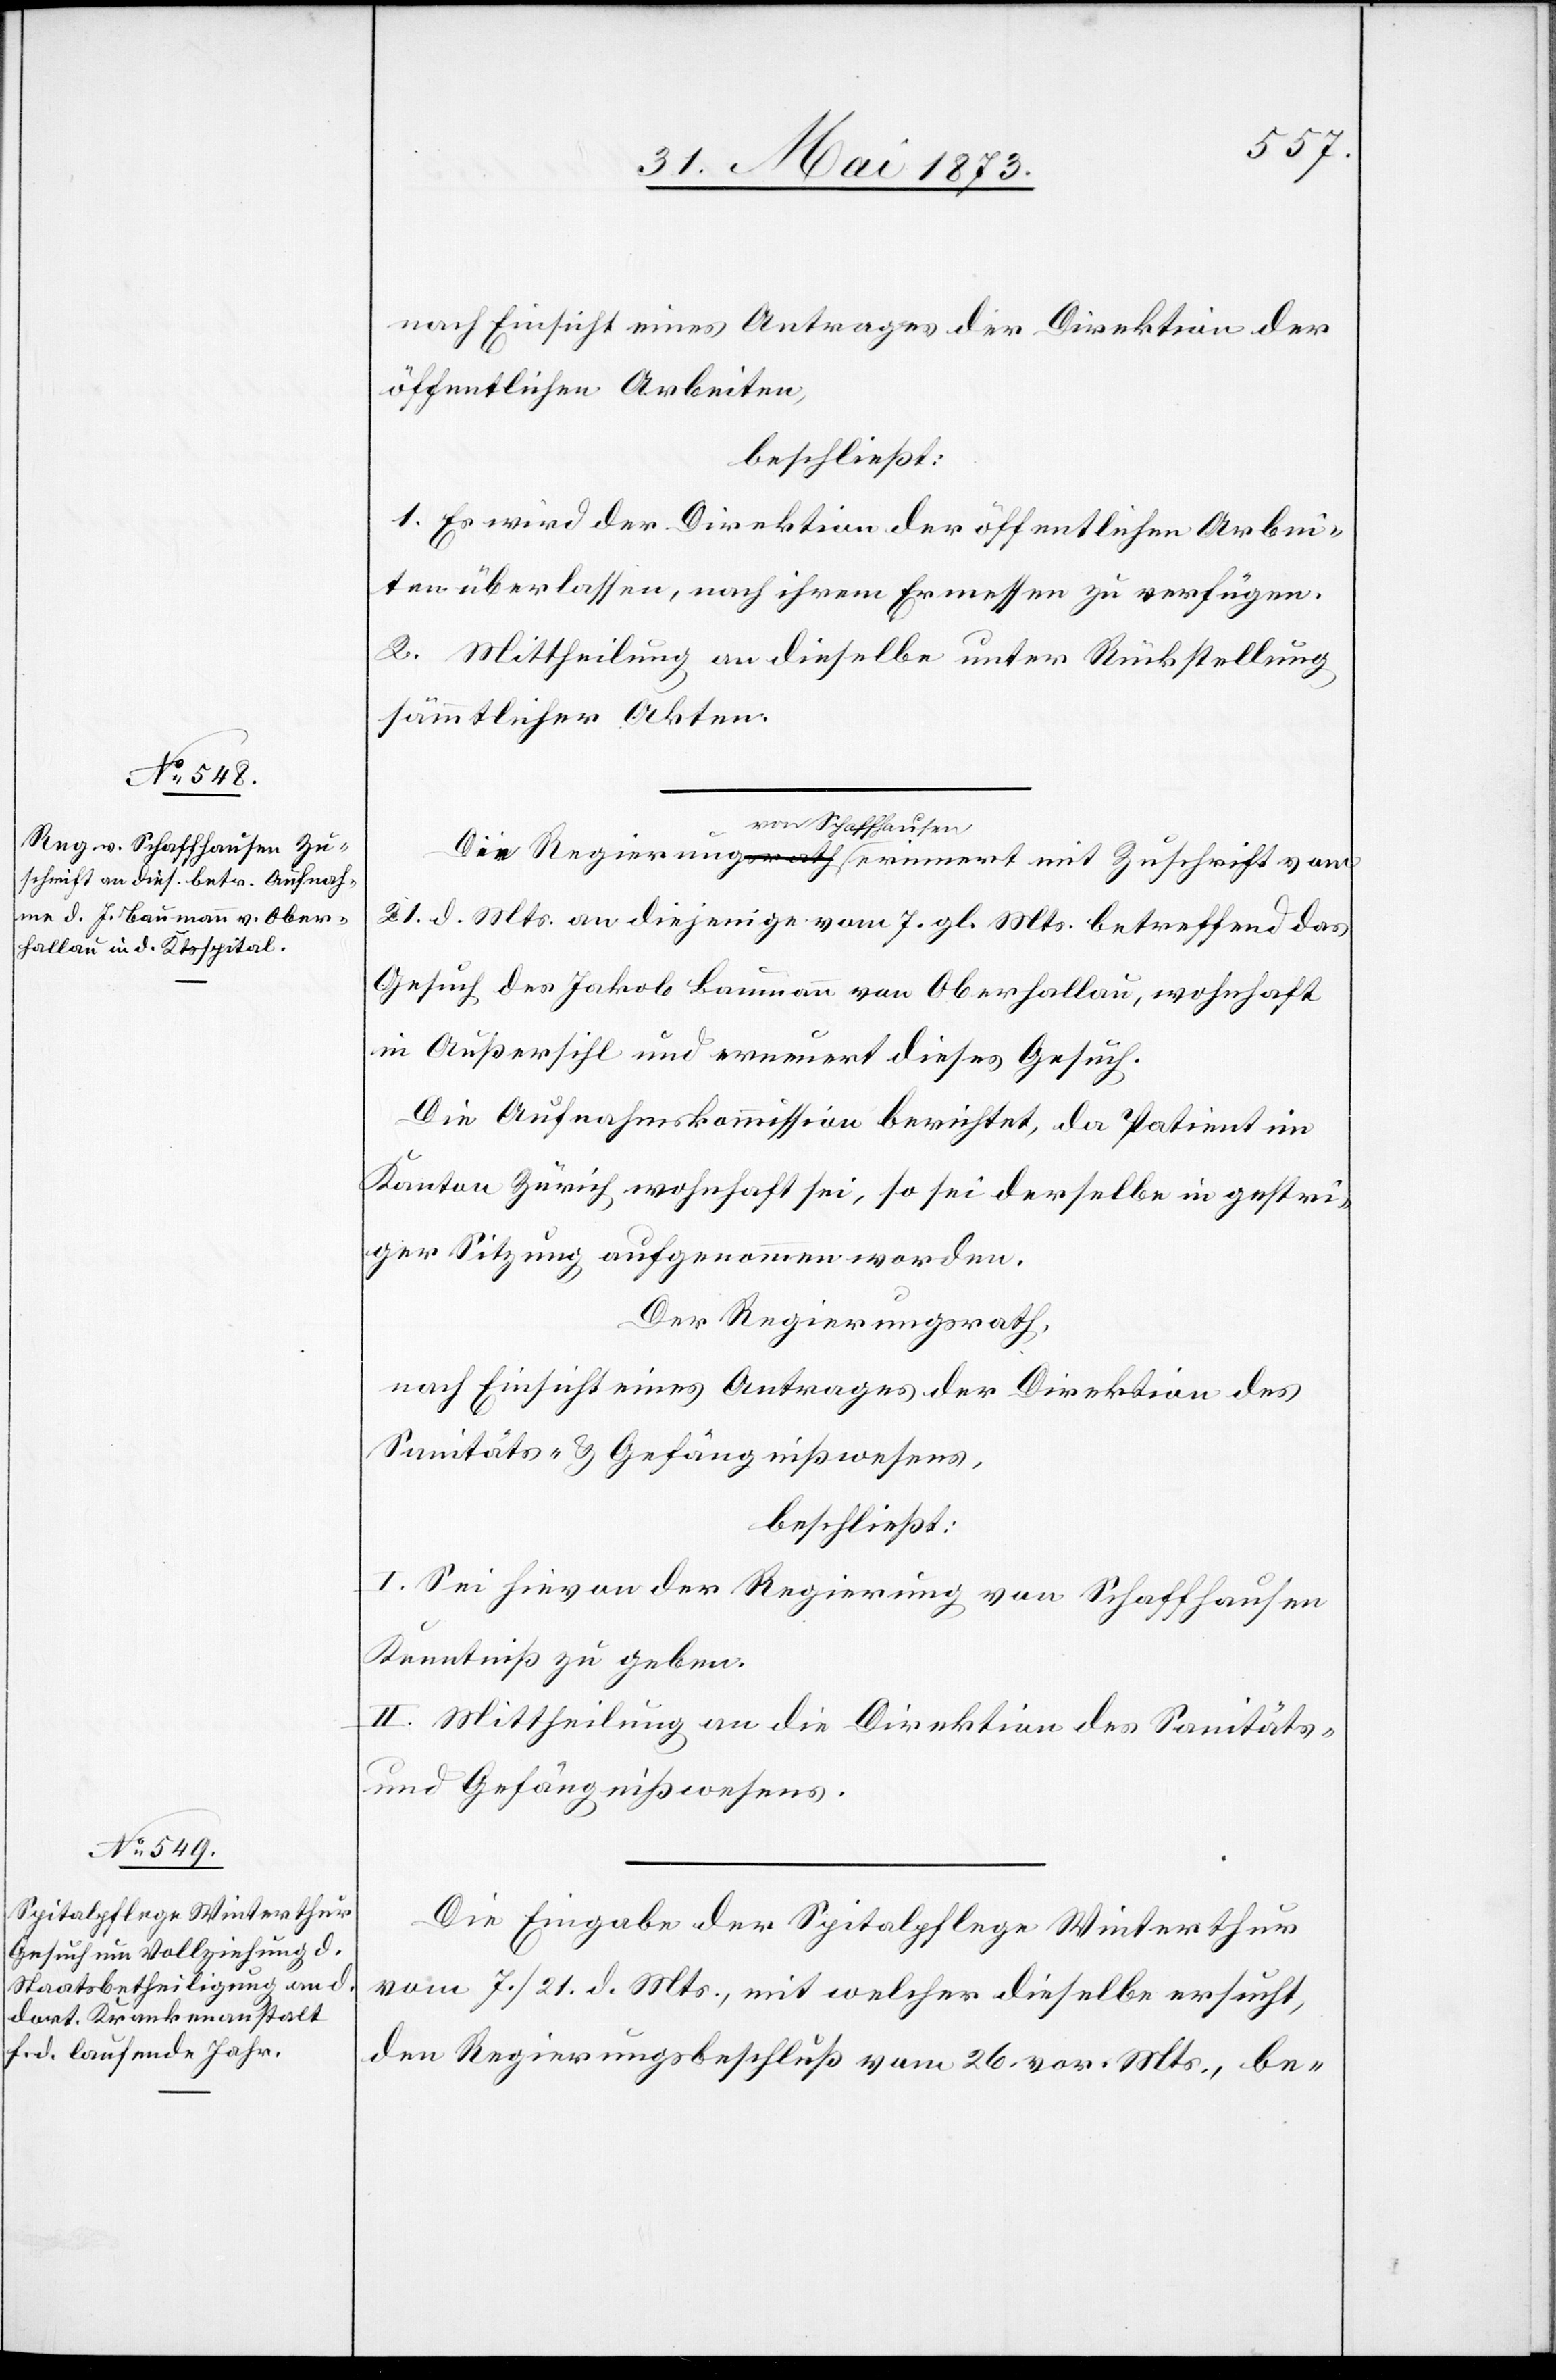
nach Einsicht eines Antrages der Direktion der
öffentlichen Arbeiten,
beschließt:
1. Es wird der Direktion der öffentlichen Arbei¬
ten überlassen, nach ihrem Ermessen zu verfügen.
2. Mittheilung an dieselbe unter Rückstellung
sämmtlicher Akten.
von Schaffhausen
21. d. Mts. an diejenige vom 7. gl. Mts. betreffend das
Gesuch des Jakob Baumann von Oberhallau, wohnhaft
in Außersihl und erneuert dieses Gesuch.
Die Aufnahmskommission berichtet, da Patient im
Kanton Zürich wohnhaft sei, so sei derselbe in gestri¬
ger Sitzung aufgenommen worden.
Der Regierungsrath,
nach Einsicht eines Antrages der Direktion des
Sanitäts- & Gefängnißwesens,
beschließt:
I. Sei hievon der Regierung von Schaffhausen
Kenntniß zu geben.
II. Mittheilung an die Direktion des Sanitäts-
und Gefängnißwesens.
Die Eingabe der Spitalpflege Winterthur
vom 7./21. d. Mts., mit welcher dieselbe ersucht,
den Regierungsbeschluß vom 26. vor. Mts., be-